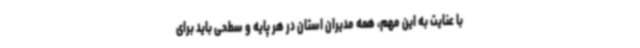
با عنایت به این مهم، همه مدیران استان در هر پایه و سطحی باید برای